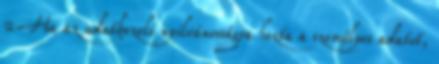
2 Ha az adatkezelő nyilvánosságra hozta a személyes adatot,